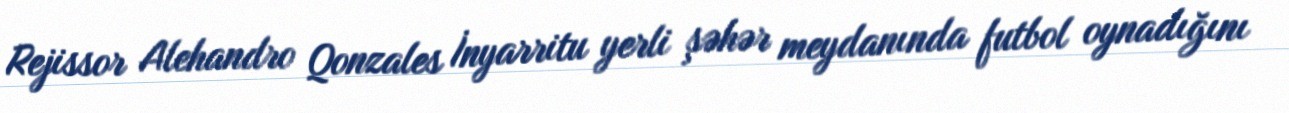
Rejissor Alehandro Qonzales İnyarritu yerli şəhər meydanında futbol oynadığını